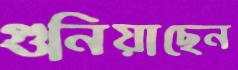
গুনিয়াছেন